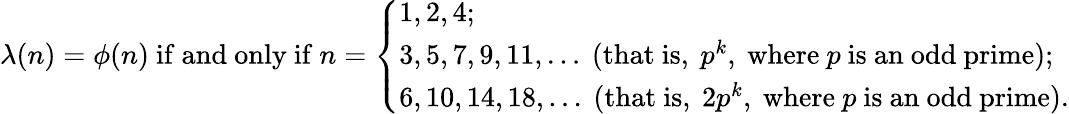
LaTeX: \lambda(n)=\phi(n){\mathrm{~if~and~only~if~}}n={\left\{ \begin{array}{ll}{1,2,4;}\\ {3,5,7,9,11,\ldots{\mathrm{~(that~is,~}}p^{k}{\mathrm{,~where~}}p{\mathrm{~is~an~odd~prime)}};}\\ {6,10,14,18,\ldots{\mathrm{~(that~is,~}}2p^{k}{\mathrm{,~where~}}p{\mathrm{~is~an~odd~prime)}}.}\end{array}\right.}